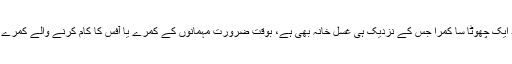
نچلی منزل پر موجود ایک چھوٹا سا کمرا جس کے نزدیک ہی غسل خانہ بھی ہے، بوقت ضرورت مہمانوں کے کمرے یا آفِس کا کام کرنے والے کمرے کا کام دے سکتا ہے۔